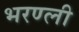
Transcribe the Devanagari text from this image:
भरण्ली